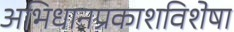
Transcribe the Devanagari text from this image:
अभिधानप्रकाशविशेषा